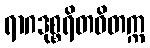
ရာဂဒုစ္စရိတဝိတက္က